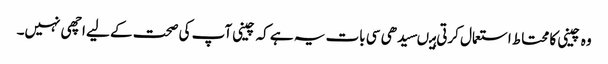
وہ چینی کا محتاط استعمال کرتی ہیںسیدھی سی بات یہ ہے کہ چینی آپ کی صحت کے لیے اچھی نہیں۔